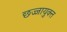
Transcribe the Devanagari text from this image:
छज्जायुक्त